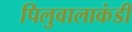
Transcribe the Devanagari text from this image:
पिलुवालाकंडी